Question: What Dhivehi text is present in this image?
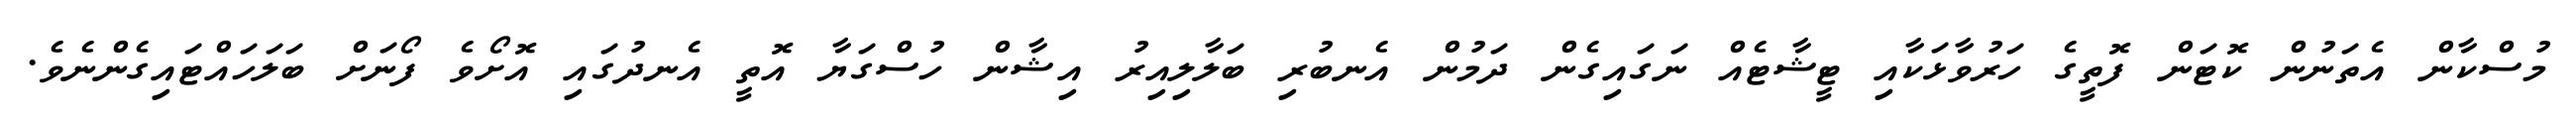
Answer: މުސްކާން އެތަނުން ކޮޓަން ފޮތީގެ ހަރުވާޅަކާއި ޓީޝާޓެއް ނަގައިގެން ދަމުން އެނބުރި ބަލާލިއިރު އިޝާން ހުސްގަޔާ އޮތީ އެނދުގައި އޮށޯވެ ފޯނަށް ބަލަހައްޓައިގެންނެވެ.